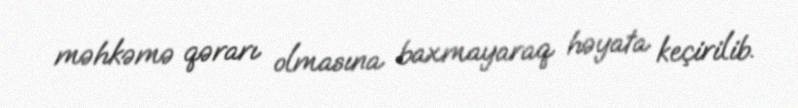
məhkəmə qərarı olmasına baxmayaraq həyata keçirilib.